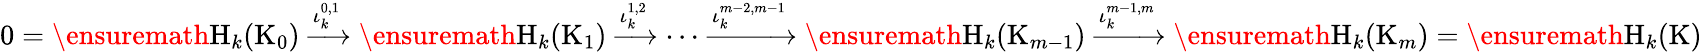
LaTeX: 0=\ensuremath{\mathrm{H}_{k}}(\mathrm{K}_{0})\xrightarrow{\iota_{k}^{0,1}}\ensuremath{\mathrm{H}_{k}}(\mathrm{K}_{1})\xrightarrow{\iota_{k}^{1,2}}\dots\xrightarrow{\iota_{k}^{m-2,m-1}}\ensuremath{\mathrm{H}_{k}}(\mathrm{K}_{m-1})\xrightarrow{\iota_{k}^{m-1,m}}\ensuremath{\mathrm{H}_{k}}(\mathrm{K}_{m})=\ensuremath{\mathrm{H}_{k}}(\mathrm{K})